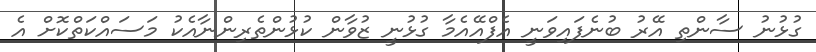
ގުޅުނު ސާންތި އޭރު ބުނެފައިވަނީ އެފްއޭއެމާ ގުޅުނީ ޒުވާން ކުޅުންތެރިންނާއެކު މަސައްކަތްކޮށް އެ